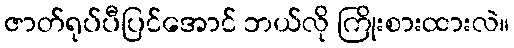
ဇာတ်ရုပ်ပီပြင်အောင် ဘယ်လို ကြိုးစားထားလဲ။